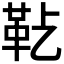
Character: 𩉟